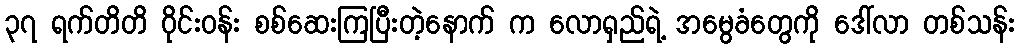
၃၇ ရက်တိတိ ဝိုင်းဝန်း စစ်ဆေးကြပြီးတဲ့နောက် က လောရှည်ရဲ့ အမွေခံတွေကို ဒေါ်လာ တစ်သန်း